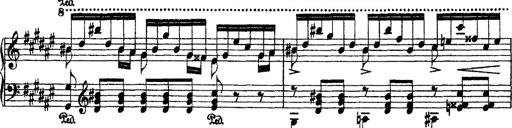
Title: 2 KonzertetÃ¼den
Composer: Franz Liszt